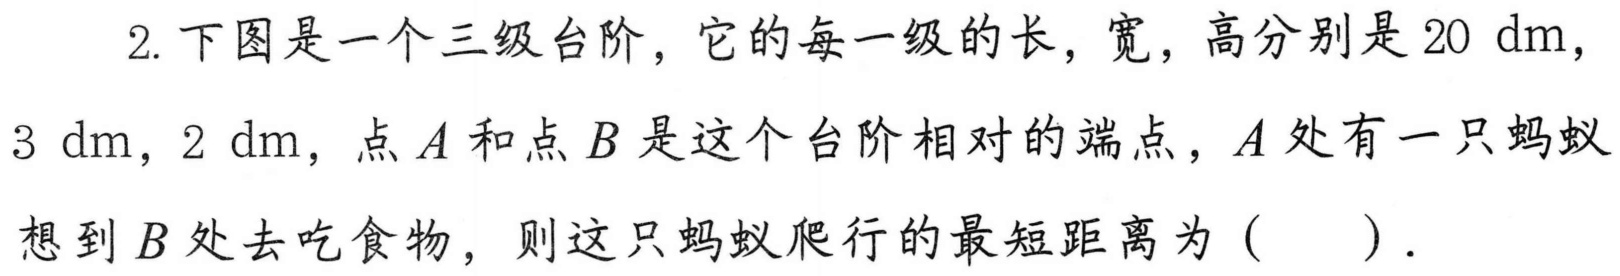
2. 下图是一个三级台阶，它的每一级的长，宽，高分别是$20\ \text{dm}$，
$3\ \text{dm}$，$2\ \text{dm}$，点$A$和点$B$是这个台阶相对的端点，$A$处有一只蚂蚁
想到$B$处去吃食物，则这只蚂蚁爬行的最短距离为（  ）.